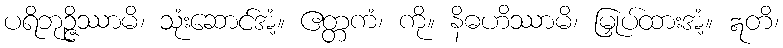
ပရိဘုဉ္ဇိဿာမိ၊ သုံးဆောင်အံ့။ ဧတ္တကံ၊ ကို။ နိဓဟိဿာမိ၊ မြှုပ်ထားအံ့။ ဣတိ၊